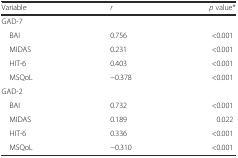
<table><thead><tr><td><b>Variable</b></td><td><b><i>r</i></b></td><td><b><i>p</i> value*</b></td></tr></thead><tbody><tr><td colspan="3">GAD-7</td></tr><tr><td> BAI</td><td>0.756</td><td>&lt;0.001</td></tr><tr><td> MIDAS</td><td>0.231</td><td>&lt;0.001</td></tr><tr><td> HIT-6</td><td>0.403</td><td>&lt;0.001</td></tr><tr><td> MSQoL</td><td>−0.378</td><td>&lt;0.001</td></tr><tr><td colspan="3">GAD-2</td></tr><tr><td> BAI</td><td>0.732</td><td>&lt;0.001</td></tr><tr><td> MIDAS</td><td>0.189</td><td>0.022</td></tr><tr><td> HIT-6</td><td>0.336</td><td>&lt;0.001</td></tr><tr><td> MSQoL</td><td>−0.310</td><td>&lt;0.001</td></tr></tbody></table>